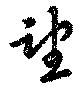
望